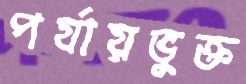
পর্যায়ভুক্ত